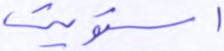
استويت